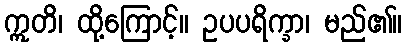
ဣတိ၊ ထို့ကြောင့်။ ဥပပရိက္ခာ၊ မည်၏။